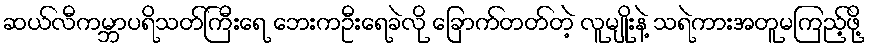
ဆယ်လီကမ္ဘာပရိသတ်ကြီးရေ ဘေးကဦးရေခဲလို ခြောက်တတ်တဲ့ လူမျိုးနဲ့ သရဲကားအတူမကြည့်ဖို့